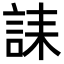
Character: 誄